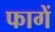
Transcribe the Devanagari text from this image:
फागें